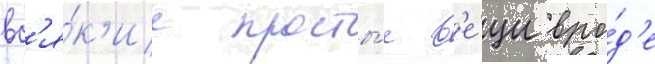
вс'я́к'ие просты́е в'е́щи вро́д'е